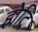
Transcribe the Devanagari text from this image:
होदि